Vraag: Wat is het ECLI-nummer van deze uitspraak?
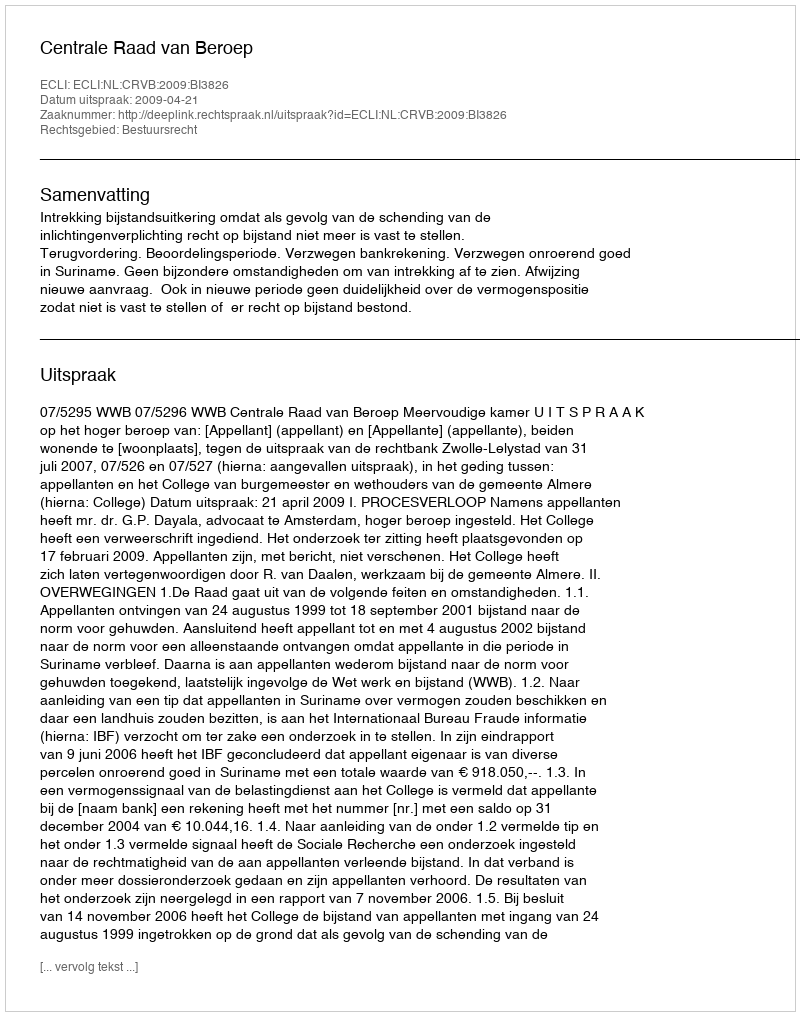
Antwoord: ECLI:NL:CRVB:2009:BI3826